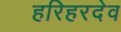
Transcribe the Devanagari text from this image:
हरिहरदेव